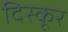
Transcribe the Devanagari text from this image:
दिस्कूर